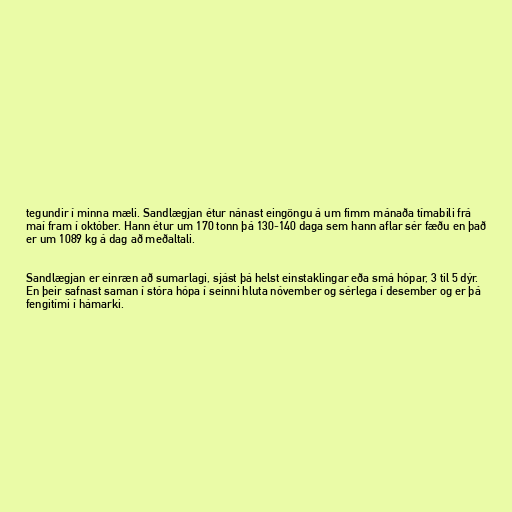
tegundir í minna mæli. Sandlægjan étur nánast eingöngu á um fimm mánaða tímabili frá
maí fram í október. Hann étur um 170 tonn þá 130-140 daga sem hann aflar sér fæðu en það
er um 1089 kg á dag að meðaltali.

Sandlægjan er einræn að sumarlagi, sjást þá helst einstaklingar eða smá hópar, 3 til 5 dýr.
En þeir safnast saman í stóra hópa í seinni hluta nóvember og sérlega í desember og er þá
fengitími í hámarki.